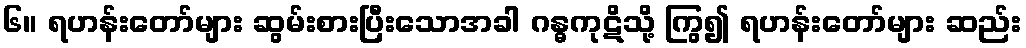
၆။ ရဟန်းတော်များ ဆွမ်းစားပြီးသောအခါ ဂန္ဓကုဋိသို့ ကြွ၍ ရဟန်းတော်များ ဆည်း